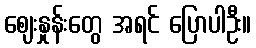
ဈေးနှုန်းတွေ အရင် ပြောပါဦး။